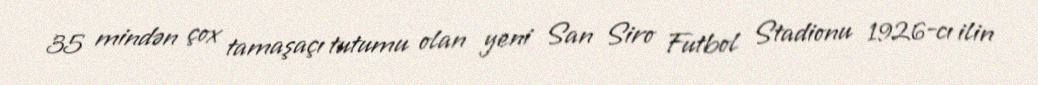
35 mindən çox tamaşaçı tutumu olan yeni San Siro Futbol Stadionu 1926-cı ilin